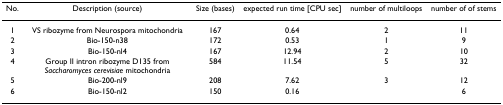
<table><thead><tr><td><b>No.</b></td><td><b>Description (source)</b></td><td><b>Size (bases)</b></td><td><b>expected run time [CPU sec]</b></td><td><b>number of multiloops</b></td><td><b>number of of stems</b></td></tr></thead><tbody><tr><td>1</td><td>VS ribozyme from Neurospora mitochondria</td><td>167</td><td>0.64</td><td>2</td><td>11</td></tr><tr><td>2</td><td>Bio-150-n38</td><td>172</td><td>0.53</td><td>1</td><td>9</td></tr><tr><td>3</td><td>Bio-150-nl4</td><td>167</td><td>12.94</td><td>2</td><td>10</td></tr><tr><td>4</td><td>Group II intron ribozyme D135 from <i>Saccharomyces cerevisiae </i>mitochondria</td><td>584</td><td>11.54</td><td>5</td><td>32</td></tr><tr><td>5</td><td>Bio-200-nl9</td><td>208</td><td>7.62</td><td>3</td><td>12</td></tr><tr><td>6</td><td>Bio-150-nl2</td><td>150</td><td>0.16</td><td></td><td>6</td></tr></tbody></table>